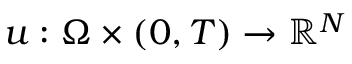
u : \Omega \times ( 0 , T ) \to \mathbb { R } ^ { N }